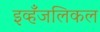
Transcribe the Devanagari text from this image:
इव्हँजलिकल